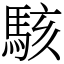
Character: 駭